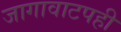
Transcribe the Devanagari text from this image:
जागावाटपही